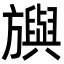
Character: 𣄣